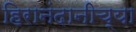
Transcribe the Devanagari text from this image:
हिरानंदानीच्या